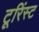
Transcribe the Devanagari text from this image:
टूरिंस्ट